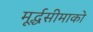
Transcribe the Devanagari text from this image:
मूर्द्धसीमाको